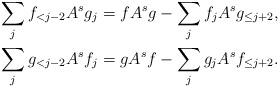
LaTeX: \begin{align*}\sum_j f_{<j-2} A^s g_j = f A^s g - \sum_j f_j A^s g_{\le j+2}, \\\sum_j g_{<j-2} A^s f_j = g A^s f - \sum_j g_j A^s f_{\le j+2}.\end{align*}